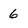
Character: 6